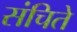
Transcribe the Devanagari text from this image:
संचिते